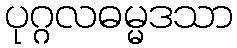
ပုဂ္ဂလဓမ္မဒသာ